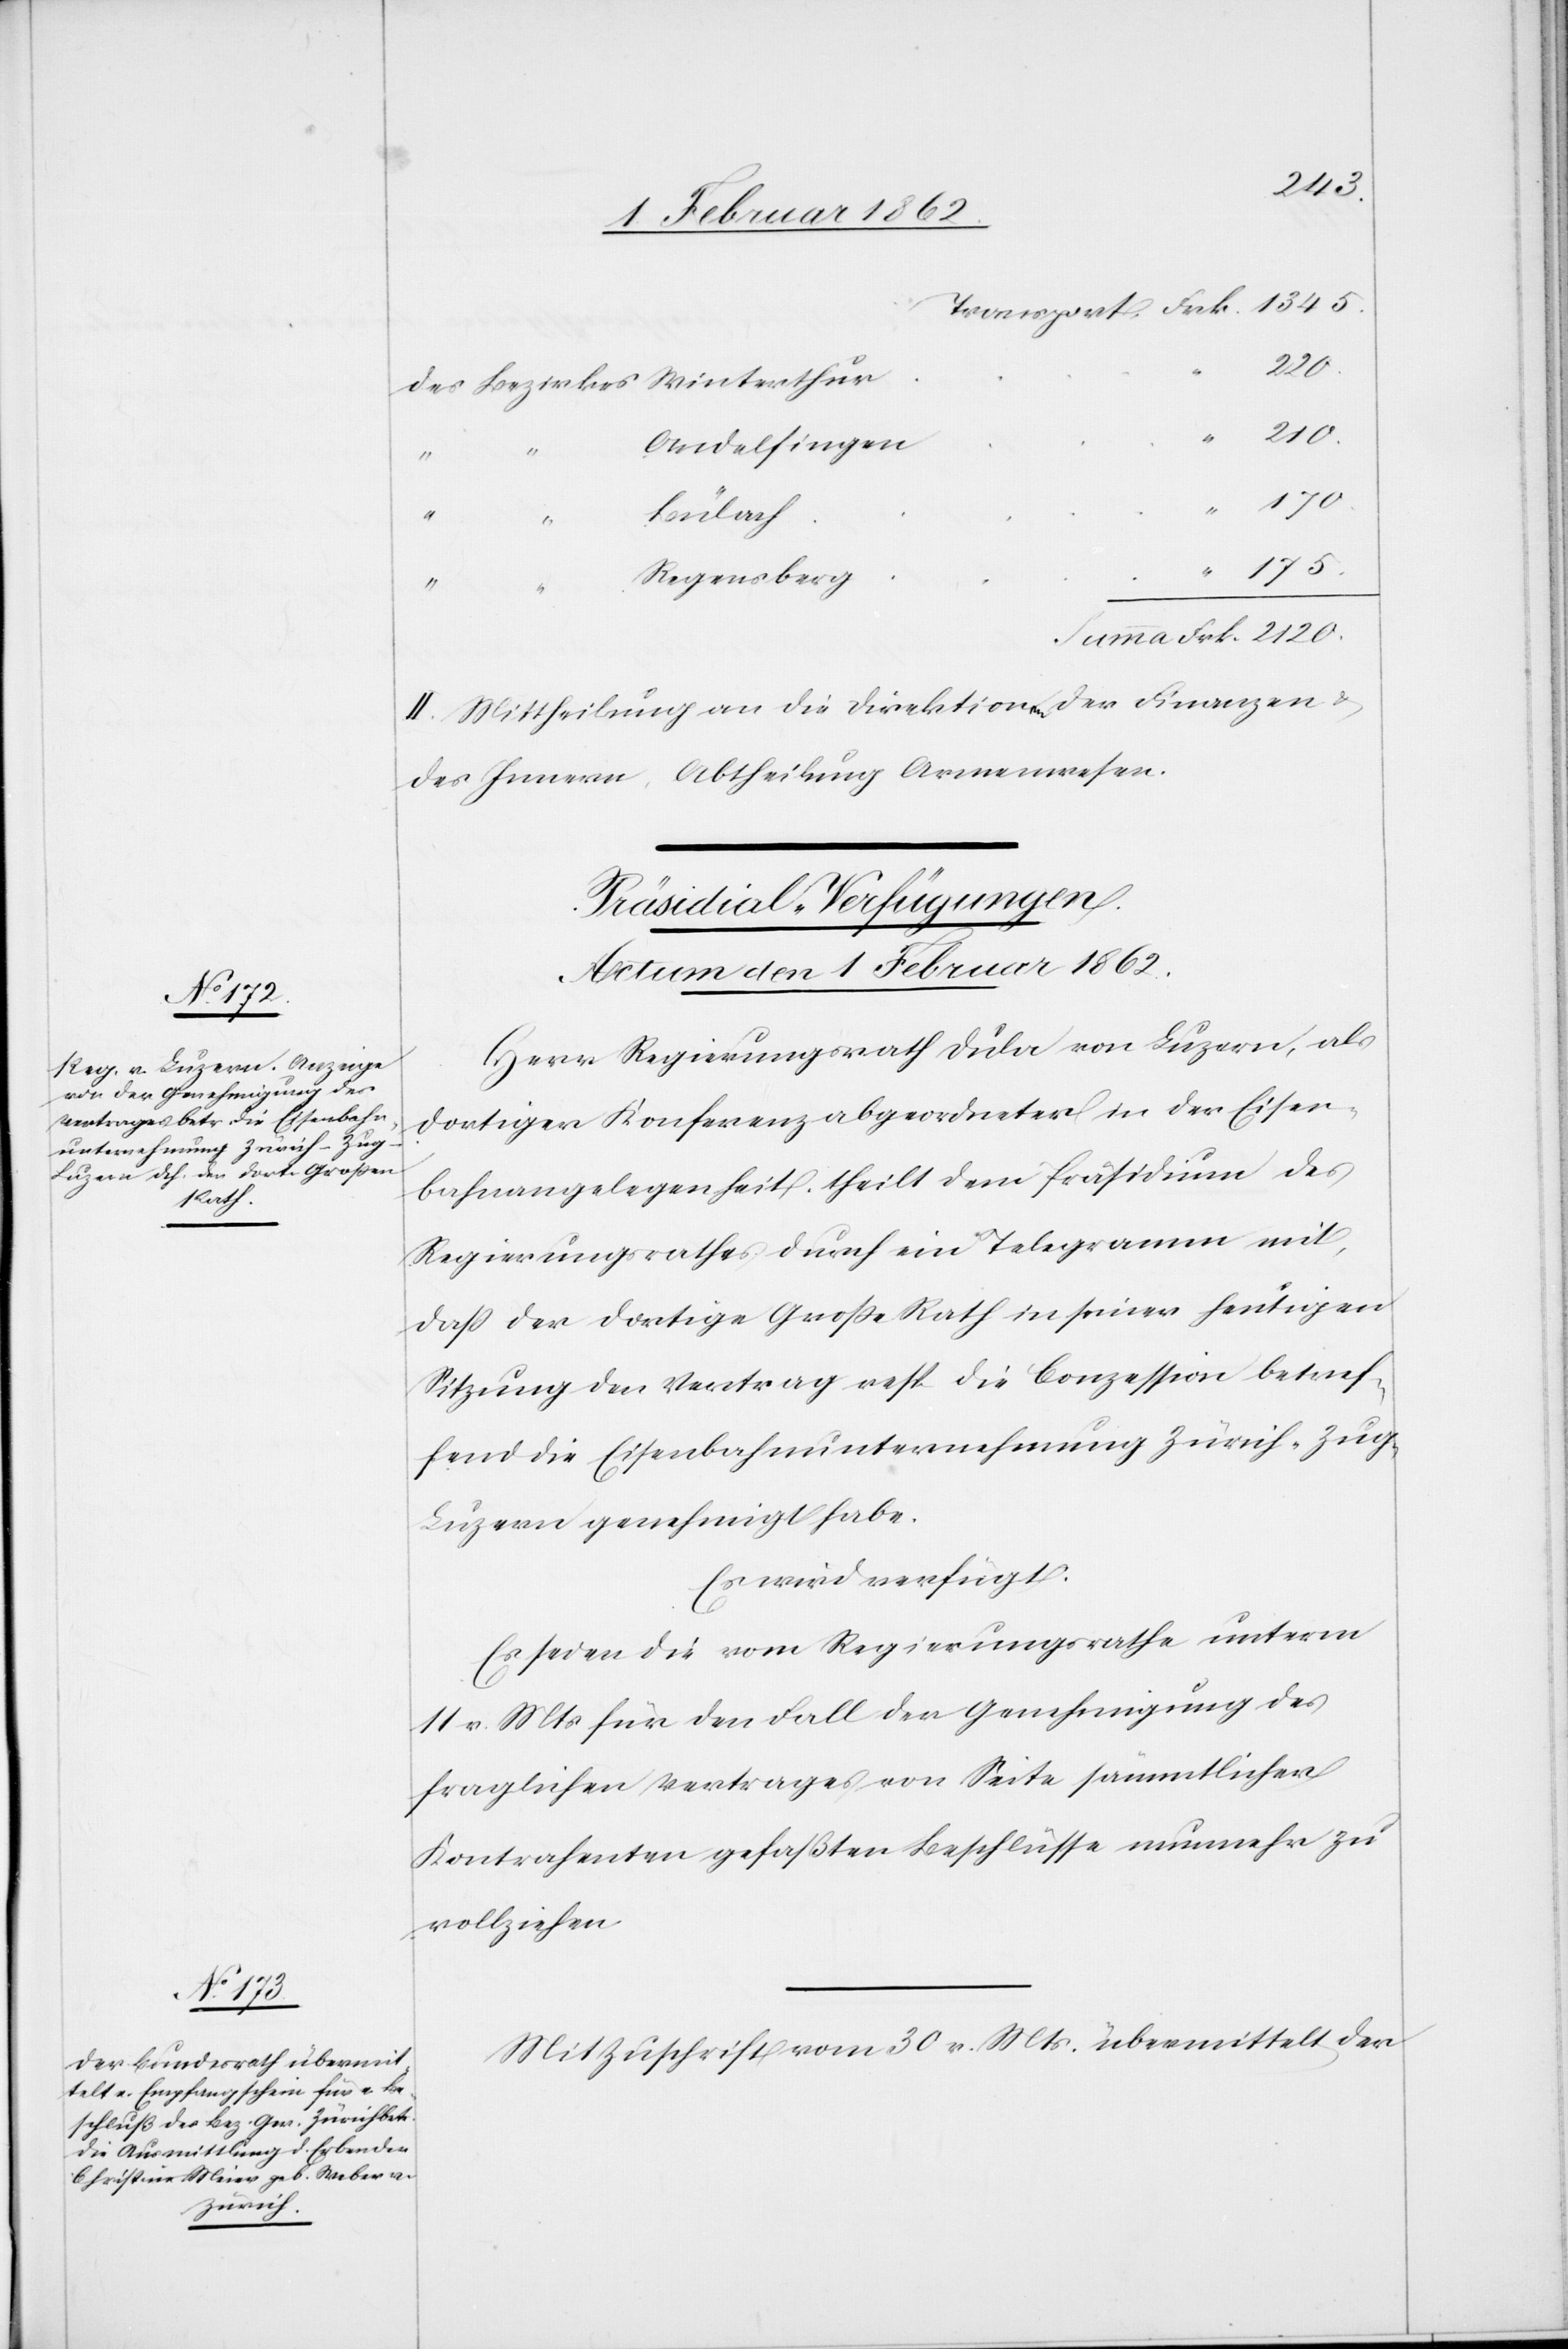
175.
2120.
des Bezirkes Winterthur
Andelfingen
Frk.
170.
“
Bülach
Summa
Regensberg
“
II. Mittheilung an die Direktiona-en-a der Finanzen &
ilung Armenwesen.
des Innern, Abthe¬
[Präsidial-Verfügungen.
Actum den 1 Februar 1862.]
Herr Regierungsrath Dula von Luzern, als
dortiger Konferenzabgeordneter in der Eisen¬
bahnangelegenheit, theilt dem Präsidium des
Regierungsrathes durch ein Telegramm mit,
daß der dortige Große Rath in seiner heutigen
Sitzung den Vertrag resp die Conzession betref¬
fend die Eisenbahnunternehmung Zürich–Zug–L¬
uzern genehmigt habe.
Es wird verfügt:
Es seien die vom Regierungsrathe unterm
11 v. Mts für den Fall der Genehmigung des
fraglichen Vertrages von Seite sämmtlicher
Kontrahenten gefaßten Beschlüsse nunmehr zu
vollziehen.
Mit Zuschrift vom 30 v. Mts. übermittelt der